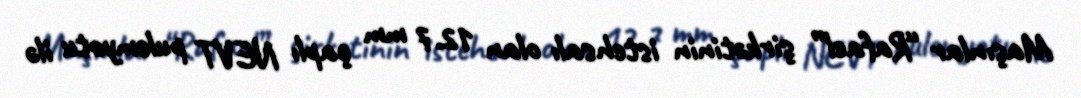
Maşınlar “Rafael” şirkətinin istehsalı olan 12.7 mm çaplı NEVT pulemyotu ilə